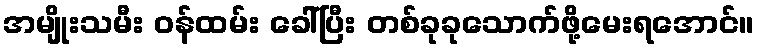
အမျိုးသမီး ဝန်ထမ်း ခေါ်ပြီး တစ်ခုခုသောက်ဖို့မေးရအောင်။